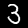
Label: 3